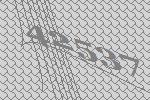
42537